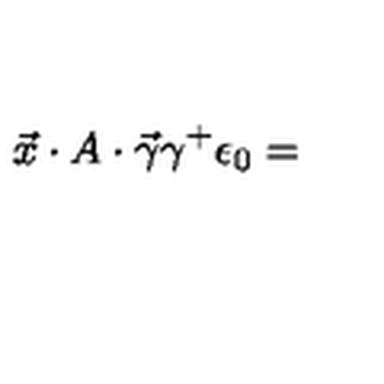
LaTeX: \vec { x } \cdot A \cdot \vec { \gamma } \gamma ^ { + } \epsilon _ { 0 } =